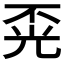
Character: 𱏤